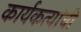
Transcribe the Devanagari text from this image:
कार्यकत्यांची